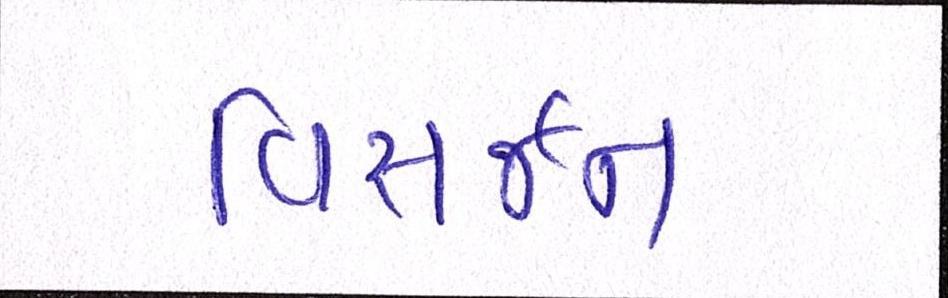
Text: વિસર્જન